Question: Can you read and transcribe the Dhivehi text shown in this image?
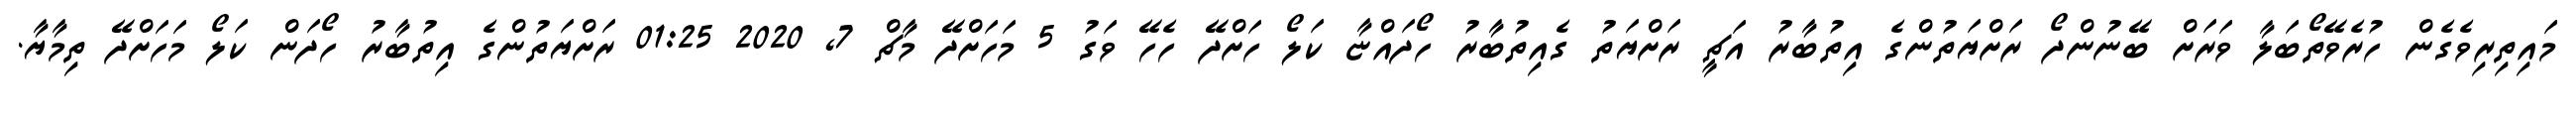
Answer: މައިތިރިވެގެން ހުރެވޭތޯބަލާ ވަރަށް ބޭނުންދޯ ރަށްޔަތުންގެ އިތުބާރު އަޗީ ރަށްޔަތު ގެއިތުބާރު ހޯދައްޏާ ކަލޯ ހަށްދޭ ހެހޭ ވަގު 5 މަހަށްދޭ މާޗް 7, 2020 01:25 ރަށްޔަތުންގެ އިތުބާރު ހޯދަން ކަލޯ މަހަށްދޭ ތިމާޔާ.